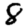
Digit: 8